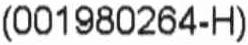
(001980264-H)